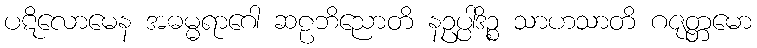
ပဋိလောမေန အဓမ္မရာဂေါ ဆဠဘိညောတိ နဥပ္ပါဒိဉ္စ သာဟသာတိ ဂဇုတ္တမော